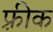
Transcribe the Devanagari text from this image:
फ़्रीक